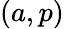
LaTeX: (a,p)